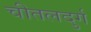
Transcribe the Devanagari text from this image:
चीतलदुर्ग